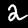
Digit: 2